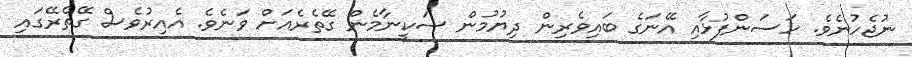
ނުޖެހުނެވެ. ހަސަންފުޅާއި އޭނަގެ ބައިވެރިން ދިޔުމުން ސަކީނާމެން ގޭތެރެއަށް ވަނެވެ. އެއިރުވެސް ގޭތެރޭގައި